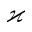
\varkappa